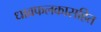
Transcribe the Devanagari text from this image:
धावफलकासहित